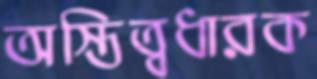
অস্তিত্বধারক